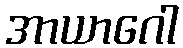
အာယာဂေါ